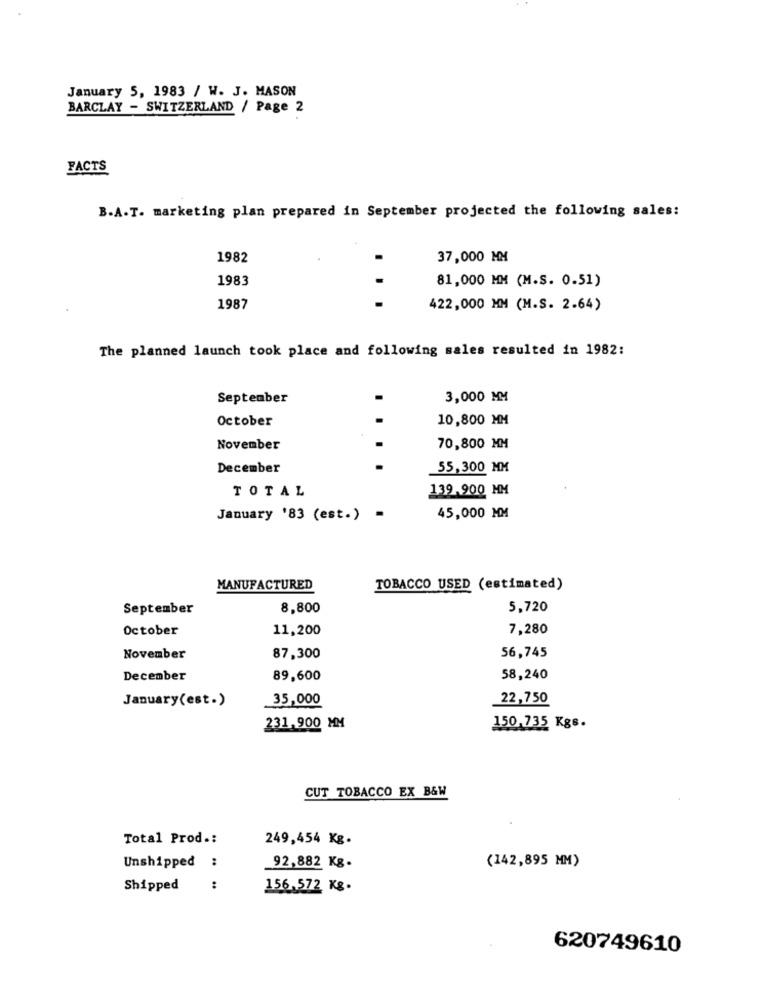
January 5, 1983 / W. J. MASON
BARCLAY - SWITZERLAND / Page 2
FACTS
B.A.T. marketing plan prepared in September projected the following sales:
1982
37,000 MM
1983
81,000 MM (M.S. 0.51)
1987
422,000 MM (M.S. 2.64)
The planned launch took place and following sales resulted in 1982:
September
3,000 MM
October
10,800 MM
November
70,800 MM
December
55,300 MM
TOTAL
139.900 MM
January '83 (est.) =
45,000 MM
MANUFACTURED
TOBACCO USED (estimated)
September
8,800
5,720
October
11,200
7,280
56,745
November
87,300
December
89,600
58,240
January(est.)
35,000
22,750
231.900 MM
150.735 Kgs.
CUT TOBACCO EX B&W
Total Prod .:
249,454 Kg.
Unshipped :
92,882 Kg.
(142,895 MM)
Shipped
:
156.572 Kg.
620749610